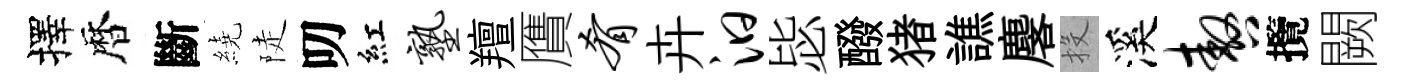
擇暦斷繞陡叨紅塾羶贋肴卉汩毖醱猪譙麐投溪嗷攬闕